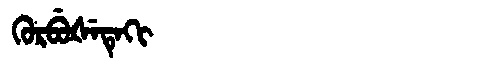
Manchu: ᡴᡠᡵᠪᡠᡧᡝᡨᡝᡴᡳ
Romanization: KURBUŠETEKI